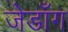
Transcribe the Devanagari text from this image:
जेडाँग